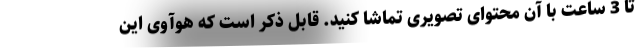
تا 3 ساعت با آن محتوای تصویری تماشا کنید. قابل ذکر است که هوآوی این